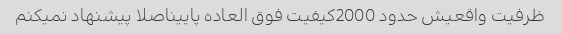
ظرفیت واقعیش حدود 2000کیفیت فوق العاده پاییناصلا پیشنهاد نمیکنم